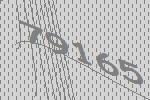
79165